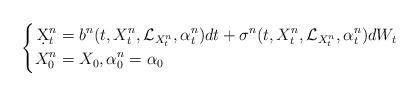
LaTeX: \begin{align*}\left\{\begin{aligned}\d X^n_t&= b^n(t,X^n_t,\mathcal{L}_{X^n_t},\alpha^{n}_t)dt+ \sigma^n(t,X^n_t,\mathcal{L}_{X^n_t},\alpha^{n}_t)dW_t\\X^n_0 &= X_0, \alpha^{n}_0= \alpha_0 \\\end{aligned}\right.\end{align*}